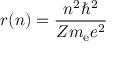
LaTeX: r ( n ) = { \frac { n ^ { 2 } \hbar ^ { 2 } } { Z m _ { \mathrm { { e } } } e ^ { 2 } } }